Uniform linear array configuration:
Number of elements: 64
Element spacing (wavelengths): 0.25
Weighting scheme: hann
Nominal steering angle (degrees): -60
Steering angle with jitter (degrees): -58.46
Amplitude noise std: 0.05
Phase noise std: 0.05

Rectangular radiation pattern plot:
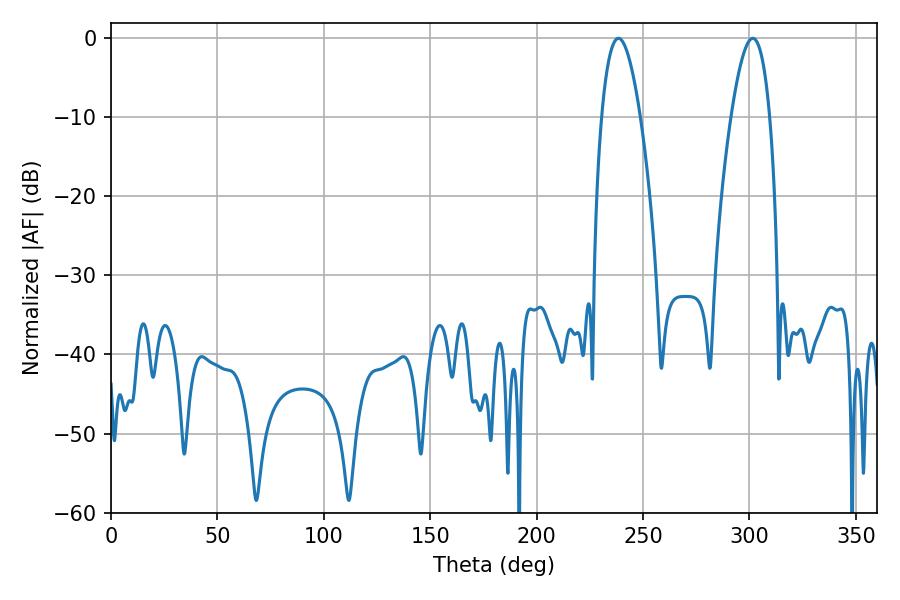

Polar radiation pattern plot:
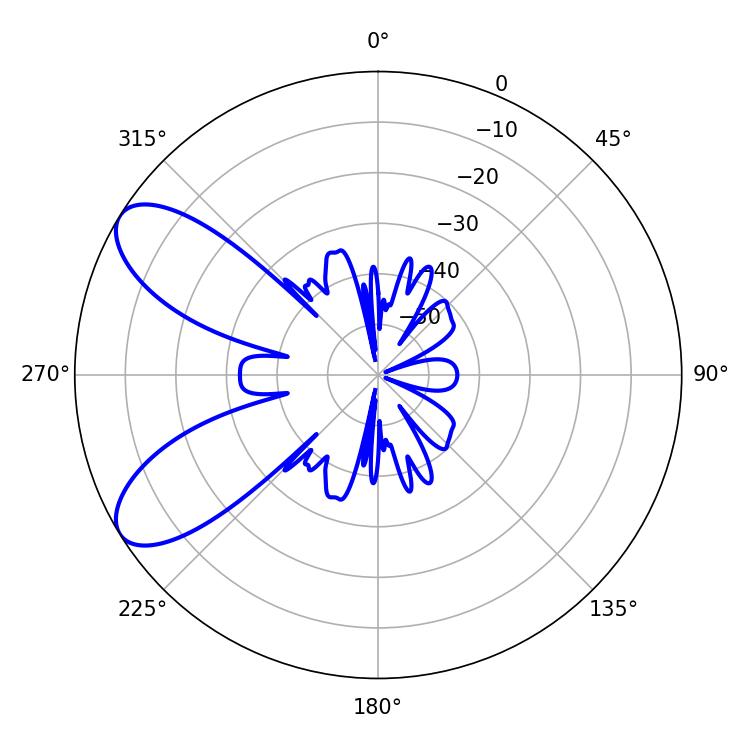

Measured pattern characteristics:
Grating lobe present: FALSE
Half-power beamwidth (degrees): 9.9
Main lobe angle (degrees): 301.5